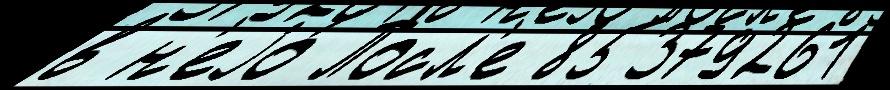
в н'еjо́ Посл'е 85379261